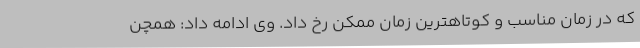
که در زمان مناسب و کوتاهترین زمان ممکن رخ داد. وی ادامه داد: همچن